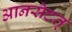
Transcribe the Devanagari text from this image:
आनसेटत्